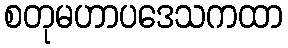
စတုမဟာပဒေသကထာ